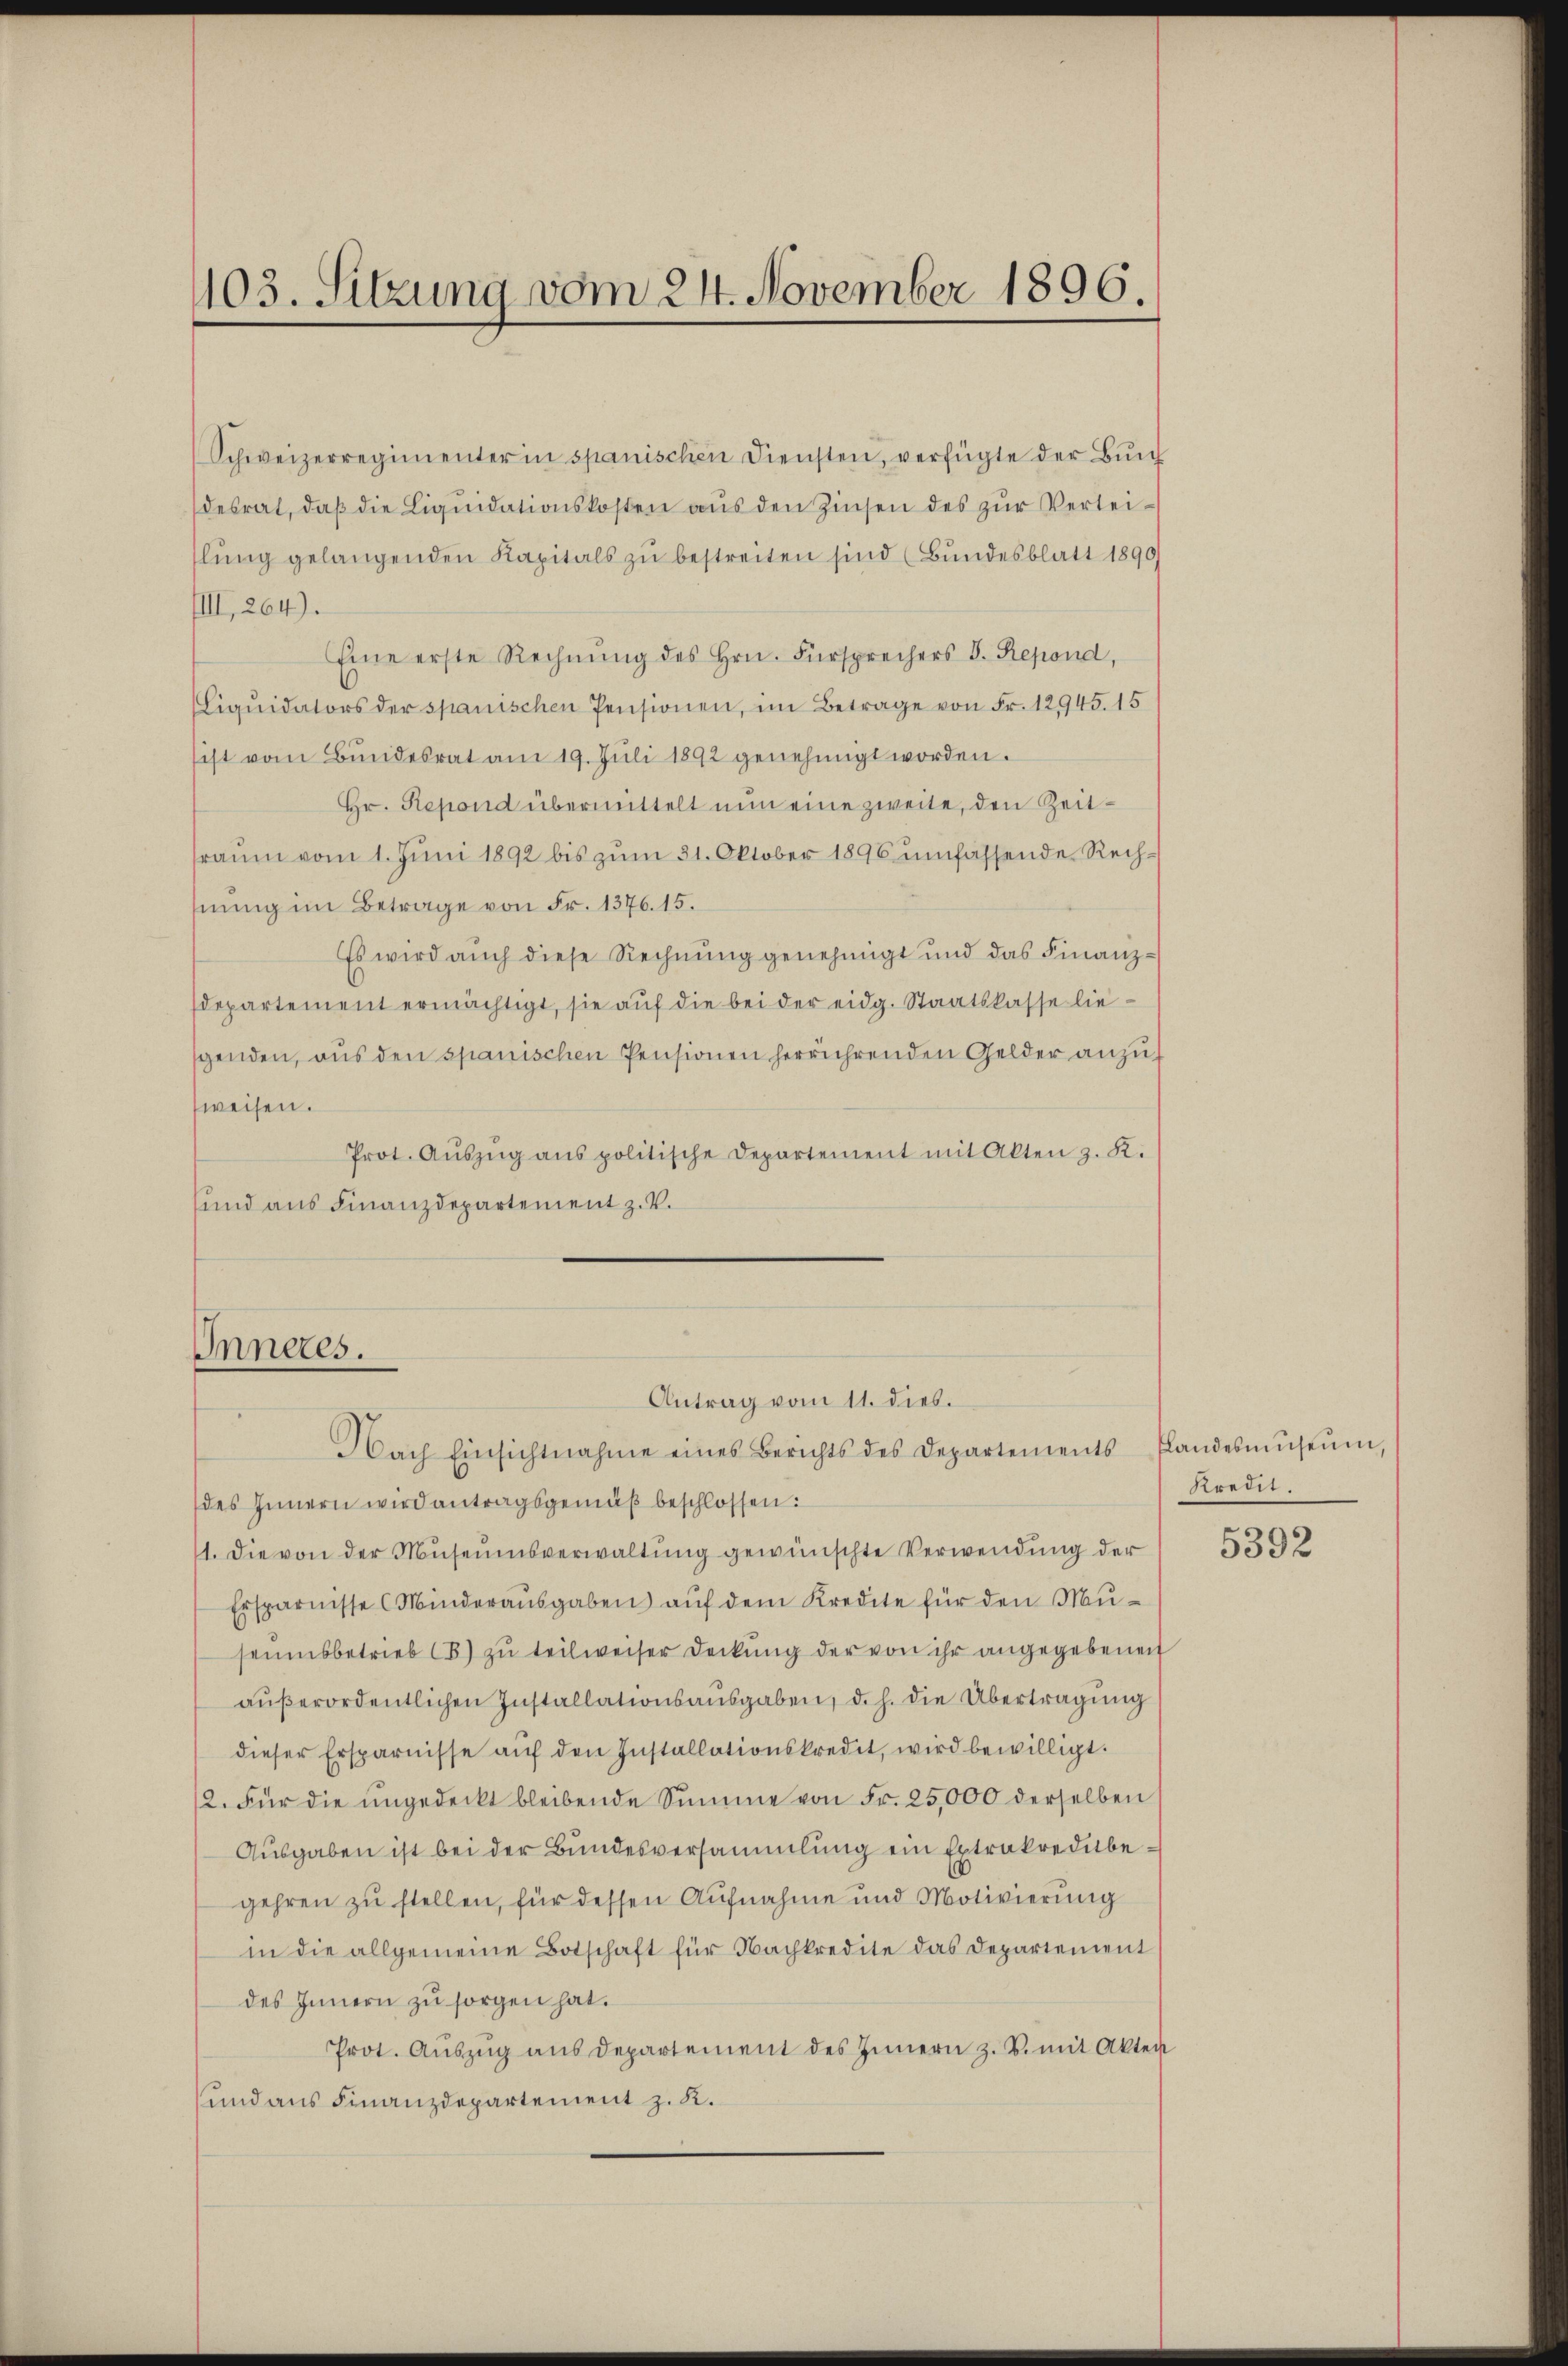
103. Sitzung vom 24. November 1896.

Schweizerregimenter in spanischen Diensten, verfügte der Bund
desrat, daβ die Liqŭidationskosten aŭs den Zinsen des zŭr Verteilŭng gelangenden Kapitals zu bestreiten sind (Bundesblatt 1890/
IIII, 264).
Eine erste Rechnŭng des Hrn. Fürsprechers V. Repond,
Liqŭidators der spanischen Pensionen, im Betrage von Fr. 12945. 15
ist vom Bundesrat am 19. Jŭli 1892 genehmigt worden.
Hr. Repond übermittelt nun eine zweite, den Zeitsraum vom 1. Juni 1892 bis zum 31. Oktober 1896 umfassende Rechhnung im Betrage von Fr. 1376. 15.
Es wird auch diese Rechnung genehmigt und das Finanzdepartement ermächtigt, sie aŭf die bei der eidg. Staatskasse liesgenden, aus den spanischen Pensionen herrührenden Gelder anzufweisen.
Prot. Aŭszŭg ans politische Departement mit Alten z. K.
sund aus Finanzdepartement z. V.

Inneres.

des Innern wird antragsgemäß beschlossen:
1. Die von der Museumsverwaltung gewünschte Verwendung der
Ersparnisse (Minderaŭsgaben aŭf dem Kredite für den Museumsbetrieb 18) zu teilweiser Deckung der von ihr angegebenen
aŭβerordentlichen Installationsausgaben, d. h. die Übertragung
dieser Ersparnisse aŭf den Installationskredit, wird bewilligt.
12. Für die ungedeckt bleibende Summe von Fr. 25,000 derselben
Ausgaben ist bei der Bundesversammlung ein Extrakreditbe¬
¬
gehren zu stellen, für dessen Aufnahme und Motivierung
in die allgemeine Botschaft für Nachkredite das Departement
des Innern zu sorgen hat.
Prot. Aŭszŭg aŭs departement des Innern z. B. mit Akten
und aus Finanzdepartement z. R.

Antrag vom 11. dies.
Nach Einsichtnahme eines Berichts des Departements Handesmŭseŭm,

Kredit.

5392